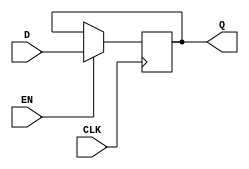
module d_flip_flop (
    input D, // Data input
    input EN, // Enable input
    input CLK, // Clock input
    output reg Q // Output
);

// Clock edge sensitive
always @(posedge CLK) begin
    if (EN) begin // Only update Q when the enable signal is high
        Q <= D;
    end
end

endmodule